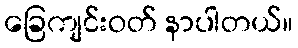
ခြေကျင်းဝတ် နာပါတယ်။